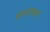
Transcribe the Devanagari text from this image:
कण्टाकर्ण